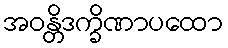
အဝန္တိဒက္ခိဏာပထော